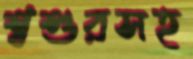
শ্বশুরসহ